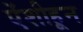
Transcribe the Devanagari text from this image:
ऐंशीहून